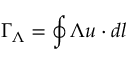
\Gamma _ { \Lambda } = \oint \Lambda u \cdot d l